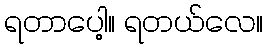
ရတာပေါ့။ ရတယ်လေ။